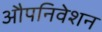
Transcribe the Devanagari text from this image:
औपनिवेशन